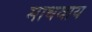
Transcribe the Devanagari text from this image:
माधवाय